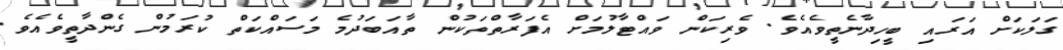
ގަލަކަށް އަރައި ބީހިދާނެތީވެއެވެ. ވެރިކަން ވައްޓާލުމަށް އެފަރާތްތަކުން ތާއަބަދުމެ މަސައްކަތް ކުރަމުން ގެންދާތީވެއެވެ.